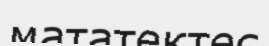
мататектес